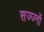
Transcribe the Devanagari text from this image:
सज्ज्नों